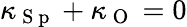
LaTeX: \kappa_{\mathrm{~S~p~}}+\kappa_{\mathrm{~O~}}=0